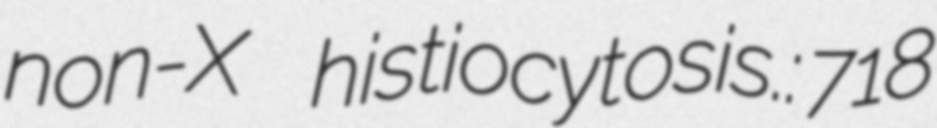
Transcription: non-X histiocytosis.: 718